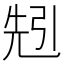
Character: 𠒒